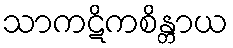
သာကဋိကစိန္တာယ